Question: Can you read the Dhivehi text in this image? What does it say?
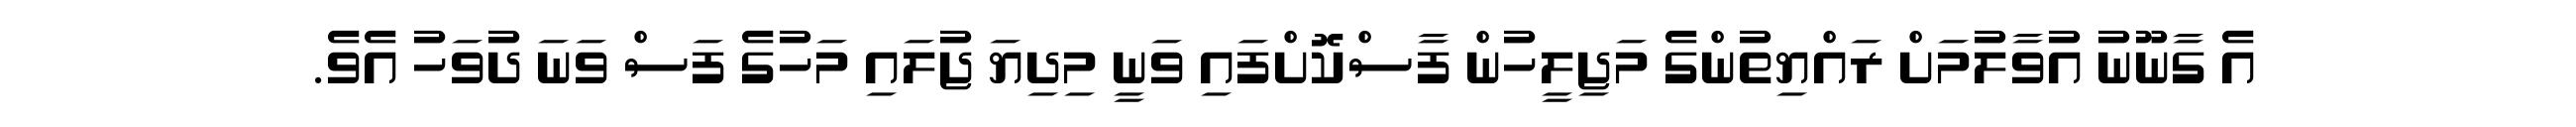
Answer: އެ ގާނޫނު އުވާލުމަށް ރައްޔިތުންގެ މަޖިލީހުން ފާސްކޮށްފައި ވަނީ މިދިޔަ ޖުލައި މަހުގެ ފަސް ވަނަ ދުވަހު އެވެ.